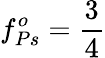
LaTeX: f_{Ps}^{o}=\frac{3}{4}